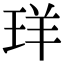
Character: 珜